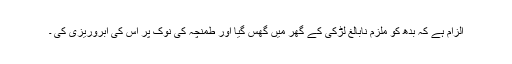
الزام ہے کہ بدھ کو ملزم نابالغ لڑکی کے گھر میں گھس گیا اور طمنچہ کی نوک پر اس کی آبروریزی کی ۔